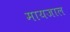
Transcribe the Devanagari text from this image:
मायजाल